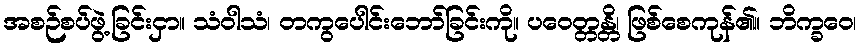
အစဉ်စပ်ဖွဲ့ခြင်းငှာ။ သံဝါသံ၊ တကွပေါင်းဘော်ခြင်းကို။ ပဝေတ္တန္တိ၊ ဖြစ်စေကုန်၏။ ဘိက္ခဝေ၊